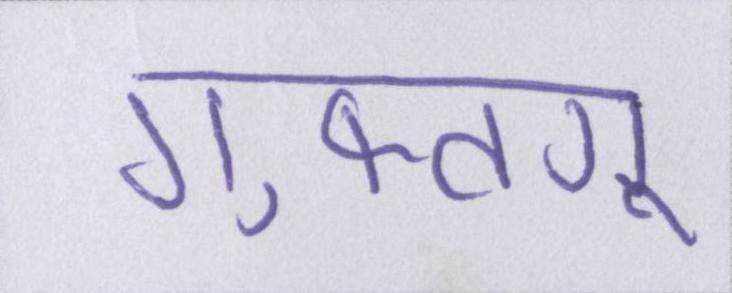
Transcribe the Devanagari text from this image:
गुफ्तगू